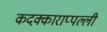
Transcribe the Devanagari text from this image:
कदक्काराप्पल्ली